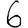
Digit: 6